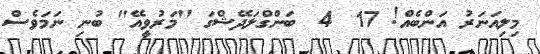
މިލިއަނަރު އަންބެއް! 17  4  ބަންގްލަދޭޝްގަ ''މަރުވީއޭ" ބުނި ނަމަވެސް